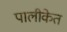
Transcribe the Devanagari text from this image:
पालीकेत